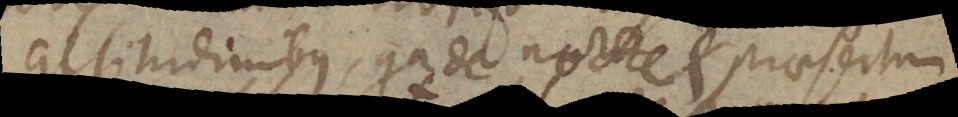
altitudinibus, quia de nocte et praesertim